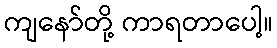
ကျနော်တို့ ကာရတာပေါ့။